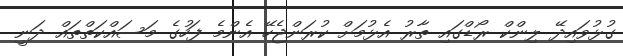
ގުޅުވައިދޭ ލިންކް ރޯޑްގައި ތާރު އެޅުމަށް ކުރަންޖެހޭ އެންމެ ފަހުގެ މަސައްކަތްތައް ދަނީ